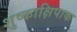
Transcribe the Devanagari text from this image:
शुष्काक्षिपाक